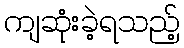
ကျဆုံးခဲ့ရသည့်